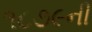
૧૮૭૯ની